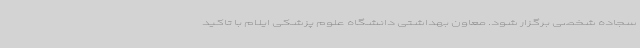
سجاده شخصی برگزار شود. معاون بهداشتی دانشگاه علوم پزشکی ایلام با تاکید